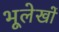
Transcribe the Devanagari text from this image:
भूलेखों